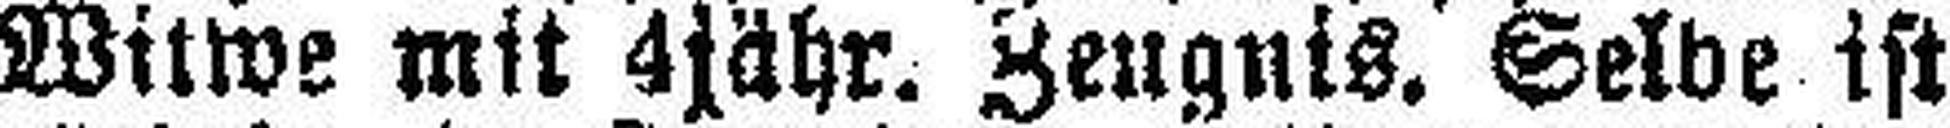
Witwe mit 4jähr. Zeugnis. Selbe ist